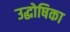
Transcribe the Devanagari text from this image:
उद्धोषिका